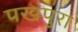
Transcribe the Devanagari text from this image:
पखंपुरा